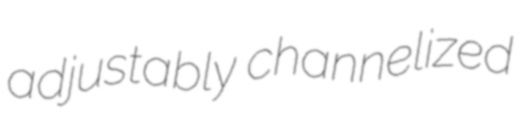
adjustably channelized